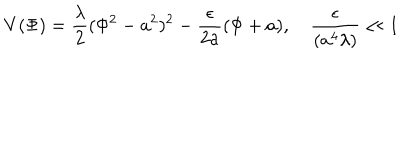
LaTeX: V ( \Phi ) = \frac { \lambda } { 2 } ( \Phi ^ { 2 } - a ^ { 2 } ) ^ { 2 } - \frac { \epsilon } { 2 a } ( \Phi + a ) , \quad \frac { \epsilon } { ( a ^ { 4 } \lambda ) } \ll 1 \quad \;